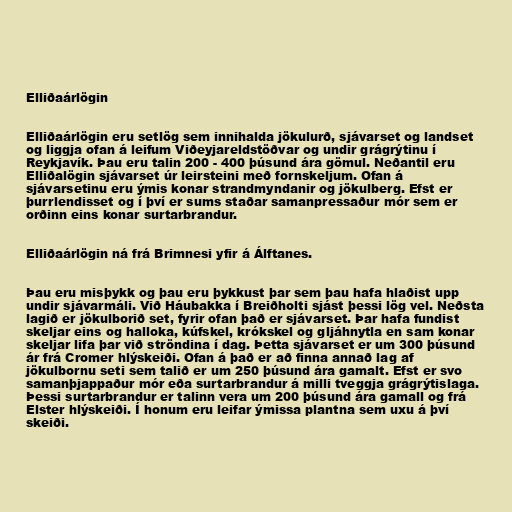
Elliðaárlögin

Elliðaárlögin eru setlög sem innihalda jökulurð, sjávarset og landset
og liggja ofan á leifum Viðeyjareldstöðvar og undir grágrýtinu í
Reykjavík. Þau eru talin 200 - 400 þúsund ára gömul. Neðantil eru
Elliðalögin sjávarset úr leirsteini með fornskeljum. Ofan á
sjávarsetinu eru ýmis konar strandmyndanir og jökulberg. Efst er
þurrlendisset og í því er sums staðar samanpressaður mór sem er
orðinn eins konar surtarbrandur.

Elliðaárlögin ná frá Brimnesi yfir á Álftanes.

Þau eru misþykk og þau eru þykkust þar sem þau hafa hlaðist upp
undir sjávarmáli. Við Háubakka í Breiðholti sjást þessi lög vel. Neðsta
lagið er jökulborið set, fyrir ofan það er sjávarset. Þar hafa fundist
skeljar eins og halloka, kúfskel, krókskel og gljáhnytla en sam konar
skeljar lifa þar við ströndina í dag. Þetta sjávarset er um 300 þúsund
ár frá Cromer hlýskeiði. Ofan á það er að finna annað lag af
jökulbornu seti sem talið er um 250 þúsund ára gamalt. Efst er svo
samanþjappaður mór eða surtarbrandur á milli tveggja grágrýtislaga.
Þessi surtarbrandur er talinn vera um 200 þúsund ára gamall og frá
Elster hlýskeiði. Í honum eru leifar ýmissa plantna sem uxu á því
skeiði.